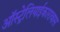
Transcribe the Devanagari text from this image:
ऑस्ट्रेलियाईकारावास